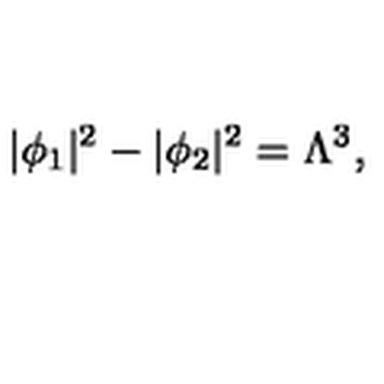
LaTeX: | \phi _ { 1 } | ^ { 2 } - | \phi _ { 2 } | ^ { 2 } = \Lambda ^ { 3 } , \qquad